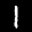
Label: 1